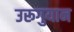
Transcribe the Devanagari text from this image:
उरूगुयान